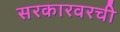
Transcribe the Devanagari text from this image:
सरकारवरची